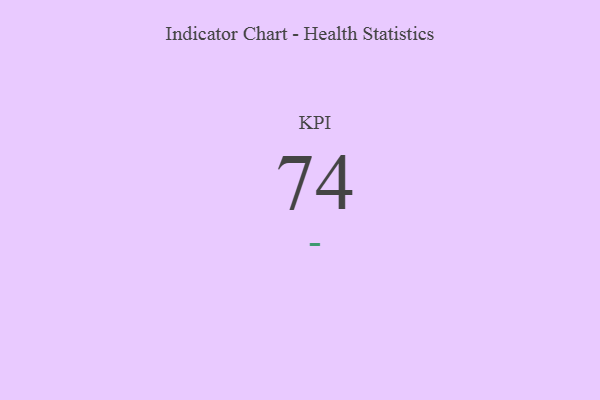
{"axis": {"x": "KPI", "y": "Value"}, "legend": [""], "data": [{"x": "KPI", "y": 74, "type": ""}]}